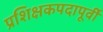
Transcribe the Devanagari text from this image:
प्रशिक्षकपदापूर्वी